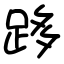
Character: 跢